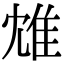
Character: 䧵